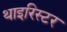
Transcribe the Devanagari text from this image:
थाइरिस्टर